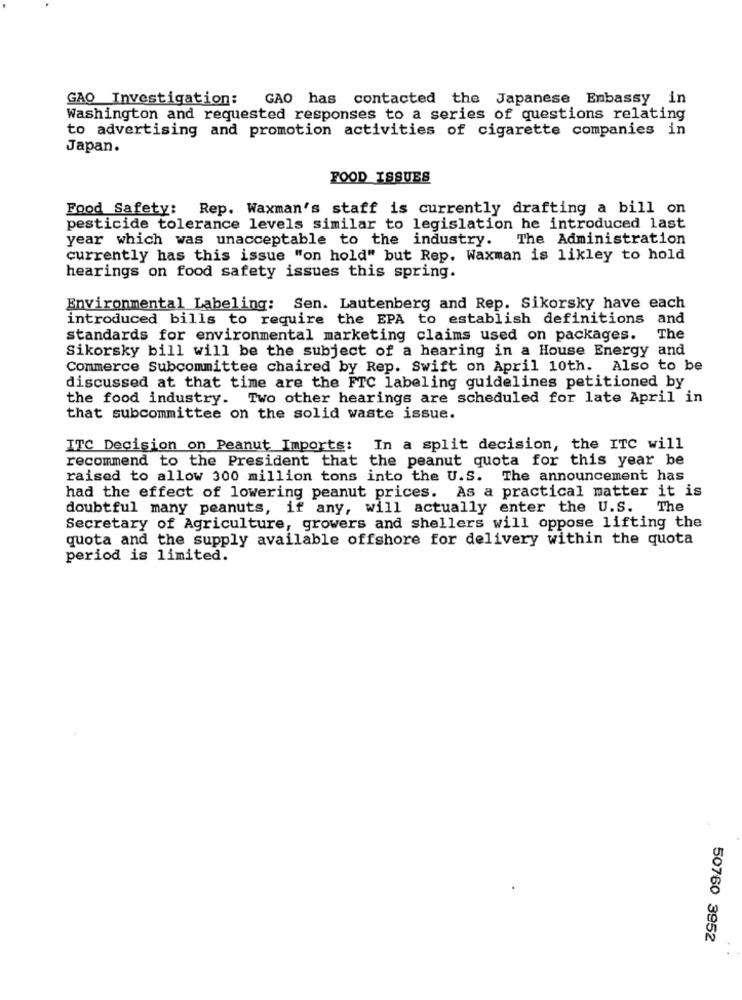
GAO Investigation:
GAO has contacted the Japanese Embassy in
Washington and requested responses to a series of questions relating
to advertising and promotion activities of cigarette companies in
Japan.
FOOD ISSUES
Food Safety: Rep. Waxman's staff is currently drafting a bill on
pesticide tolerance levels similar to legislation he introduced last
year which was unacceptable to the industry. The Administration
currently has this issue "on hold" but Rep. Waxman is likley to hold
hearings on food safety issues this spring.
Environmental Labeling: Sen. Lautenberg and Rep. Sikorsky have each
introduced bills to require the EPA to establish definitions and
standards for environmental marketing claims used on packages.
The
Sikorsky bill will be the subject of a hearing in a House Energy and
Commerce Subcommittee chaired by Rep. Swift on April 10th. Also to be
discussed at that time are the FTC labeling guidelines petitioned by
the food industry. Two other hearings are scheduled for late April in
that subcommittee on the solid waste issue.
ITC Decision on Peanut Imports:
In a split decision, the ITC will
recommend to the President that the peanut quota for this year be
raised to allow 300 million tons into the U.S. The announcement has
had the effect of lowering peanut prices. As a practical matter it is
doubtful many peanuts, if any, will actually enter the U.S.
The
Secretary of Agriculture, growers and shellers will oppose lifting the
quota and the supply available offshore for delivery within the quota
period is limited.
50760 3952